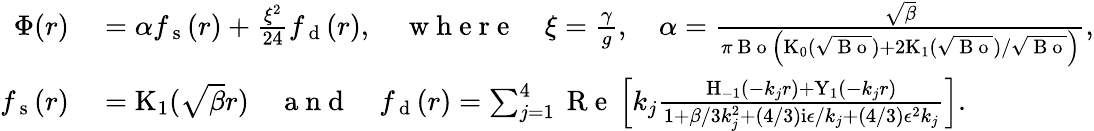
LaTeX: \begin{array}{rl}{\Phi(r)}&{{}=\alpha f_{\mathrm{~s~}}(r)+\frac{\xi^{2}}{24}f_{\mathrm{~d~}}(r),\quad\mathrm{~w~h~e~r~e~}\quad\xi=\frac{\gamma}{g},\quad\alpha=\frac{\sqrt{\beta}}{\pi\mathrm{~B~o~}\left(\mathrm{K}_{0}(\sqrt{\mathrm{~B~o~}})+2\mathrm{K}_{1}(\sqrt{\mathrm{~B~o~}})/\sqrt{\mathrm{~B~o~}}\right)},}\\ {f_{\mathrm{~s~}}(r)}&{{}=\mathrm{K}_{1}(\sqrt{\beta}r)\quad\mathrm{~a~n~d~}\quad f_{\mathrm{~d~}}(r)=\sum_{j=1}^{4}\mathrm{~R~e~}\left[k_{j}\frac{\mathrm{H}_{-1}(-k_{j}r)+\mathrm{Y}_{1}(-k_{j}r)}{1+\beta/3k_{j}^{2}+(4/3)\mathrm{i}\epsilon/k_{j}+(4/3)\epsilon^{2}k_{j}}\right].}\end{array}